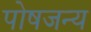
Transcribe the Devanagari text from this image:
पोषजन्य